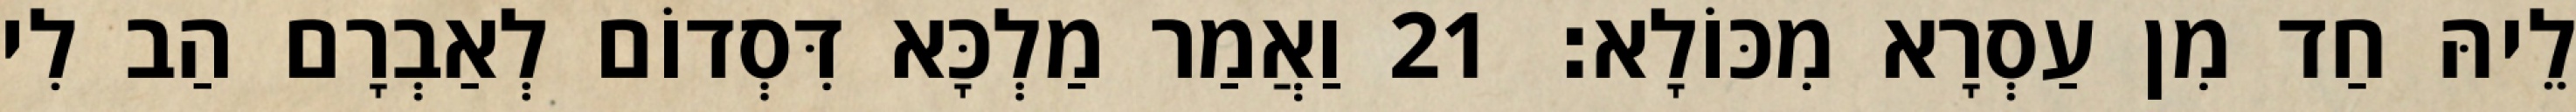
לֵיהּ חַד מִן עַסְרָא מִכּוֹלָא׃ 21 וַאֲמַר מַלְכָּא דִּסְדוֹם לְאַבְרָם הַב לִי